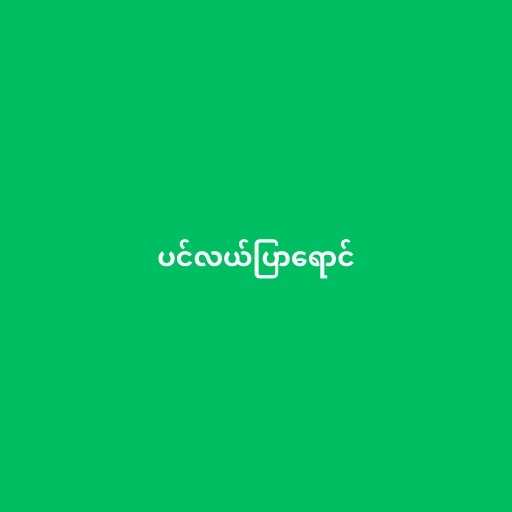
ပင်လယ်ပြာရောင်